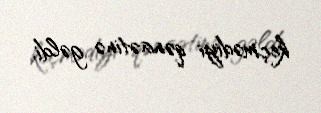
keçmədiyi qənaətinə gəldi.